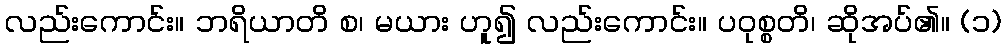
လည်းကောင်း။ ဘရိယာတိ စ၊ မယား ဟူ၍ လည်းကောင်း။ ပဝုစ္စတိ၊ ဆိုအပ်၏။ (၁)